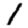
Digit: 1